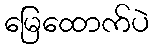
မြေထောက်ပဲ